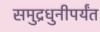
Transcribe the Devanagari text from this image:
समुद्रधुनीपर्यंत